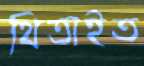
থিতাইত